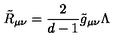
\tilde { R } _ { \mu \nu } = \frac { 2 } { d - 1 } \tilde { g } _ { \mu \nu } \Lambda